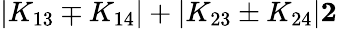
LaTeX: |K_{13}\mp K_{14}|+|K_{23}\pm K_{24}|\le 2